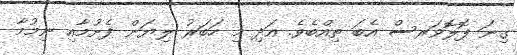
ގިނަ ފޮލޮވަރސް އެބަ ތިއްބެވެ. އަދި މި ހަބަރު ލިޔަން ފެށުމާއި ނިމުމާ